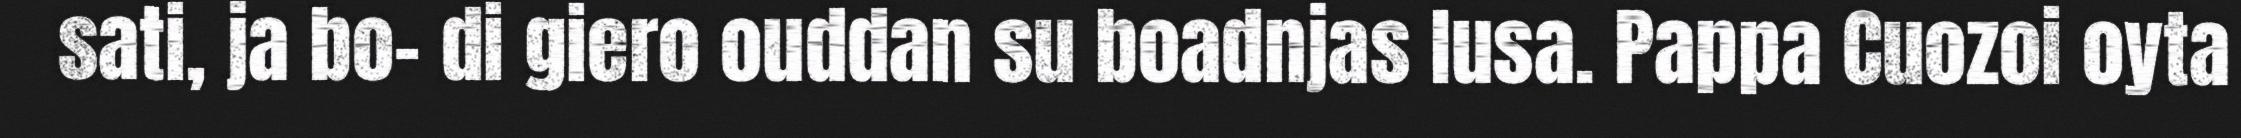
sati, ja bo- di giero ouddan su boadnjas lusa. Pappa Cuozoi oyta